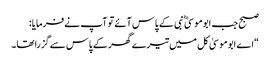
صبح جب ابوموسیٰ ؓ نبی کے پاس آئے تو آپ نے فرمایا:
“اے ابوموسیٰ کل میں تیرے گھر کے پاس سے گزرا تھا۔